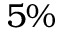
5 \%